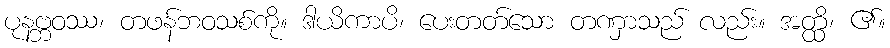
ပုနဗ္ဘဝဿ၊ တဖန်ဘဝသစ်ကို။ ဒါယိကာပိ၊ ပေးတတ်သော တဏှာသည် လည်း။ အတ္ထိ၊ ၏။